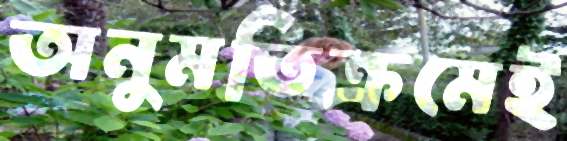
অনুমতিক্রমেই